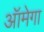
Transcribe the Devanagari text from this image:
ऑमेगा